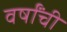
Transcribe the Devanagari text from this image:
वर्षांंची